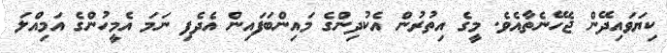
ކިޔަވައިދޭން ޖެހޭނެތާއެވެ. މީގެ އިތުރުން އެކުދިންގެ މައިންބަފައިން އެދެފި ނަމަ އެމީހުންގެ އަމިއްލަ